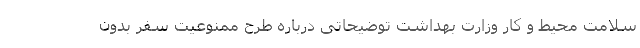
سلامت محیط و کار وزارت بهداشت توضیحاتی درباره طرح ممنوعیت سفر بدون